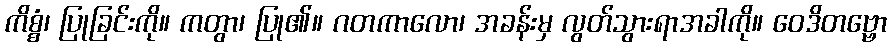
ကိစ္စံ၊ ပြုခြင်းကို။ ကတွာ၊ ပြု၏။ ဂတကာလော၊ အခန်းမှ လွတ်သွားရာအခါကို။ ဝေဒိတဗ္ဗော